Riigikantselei, lk 3
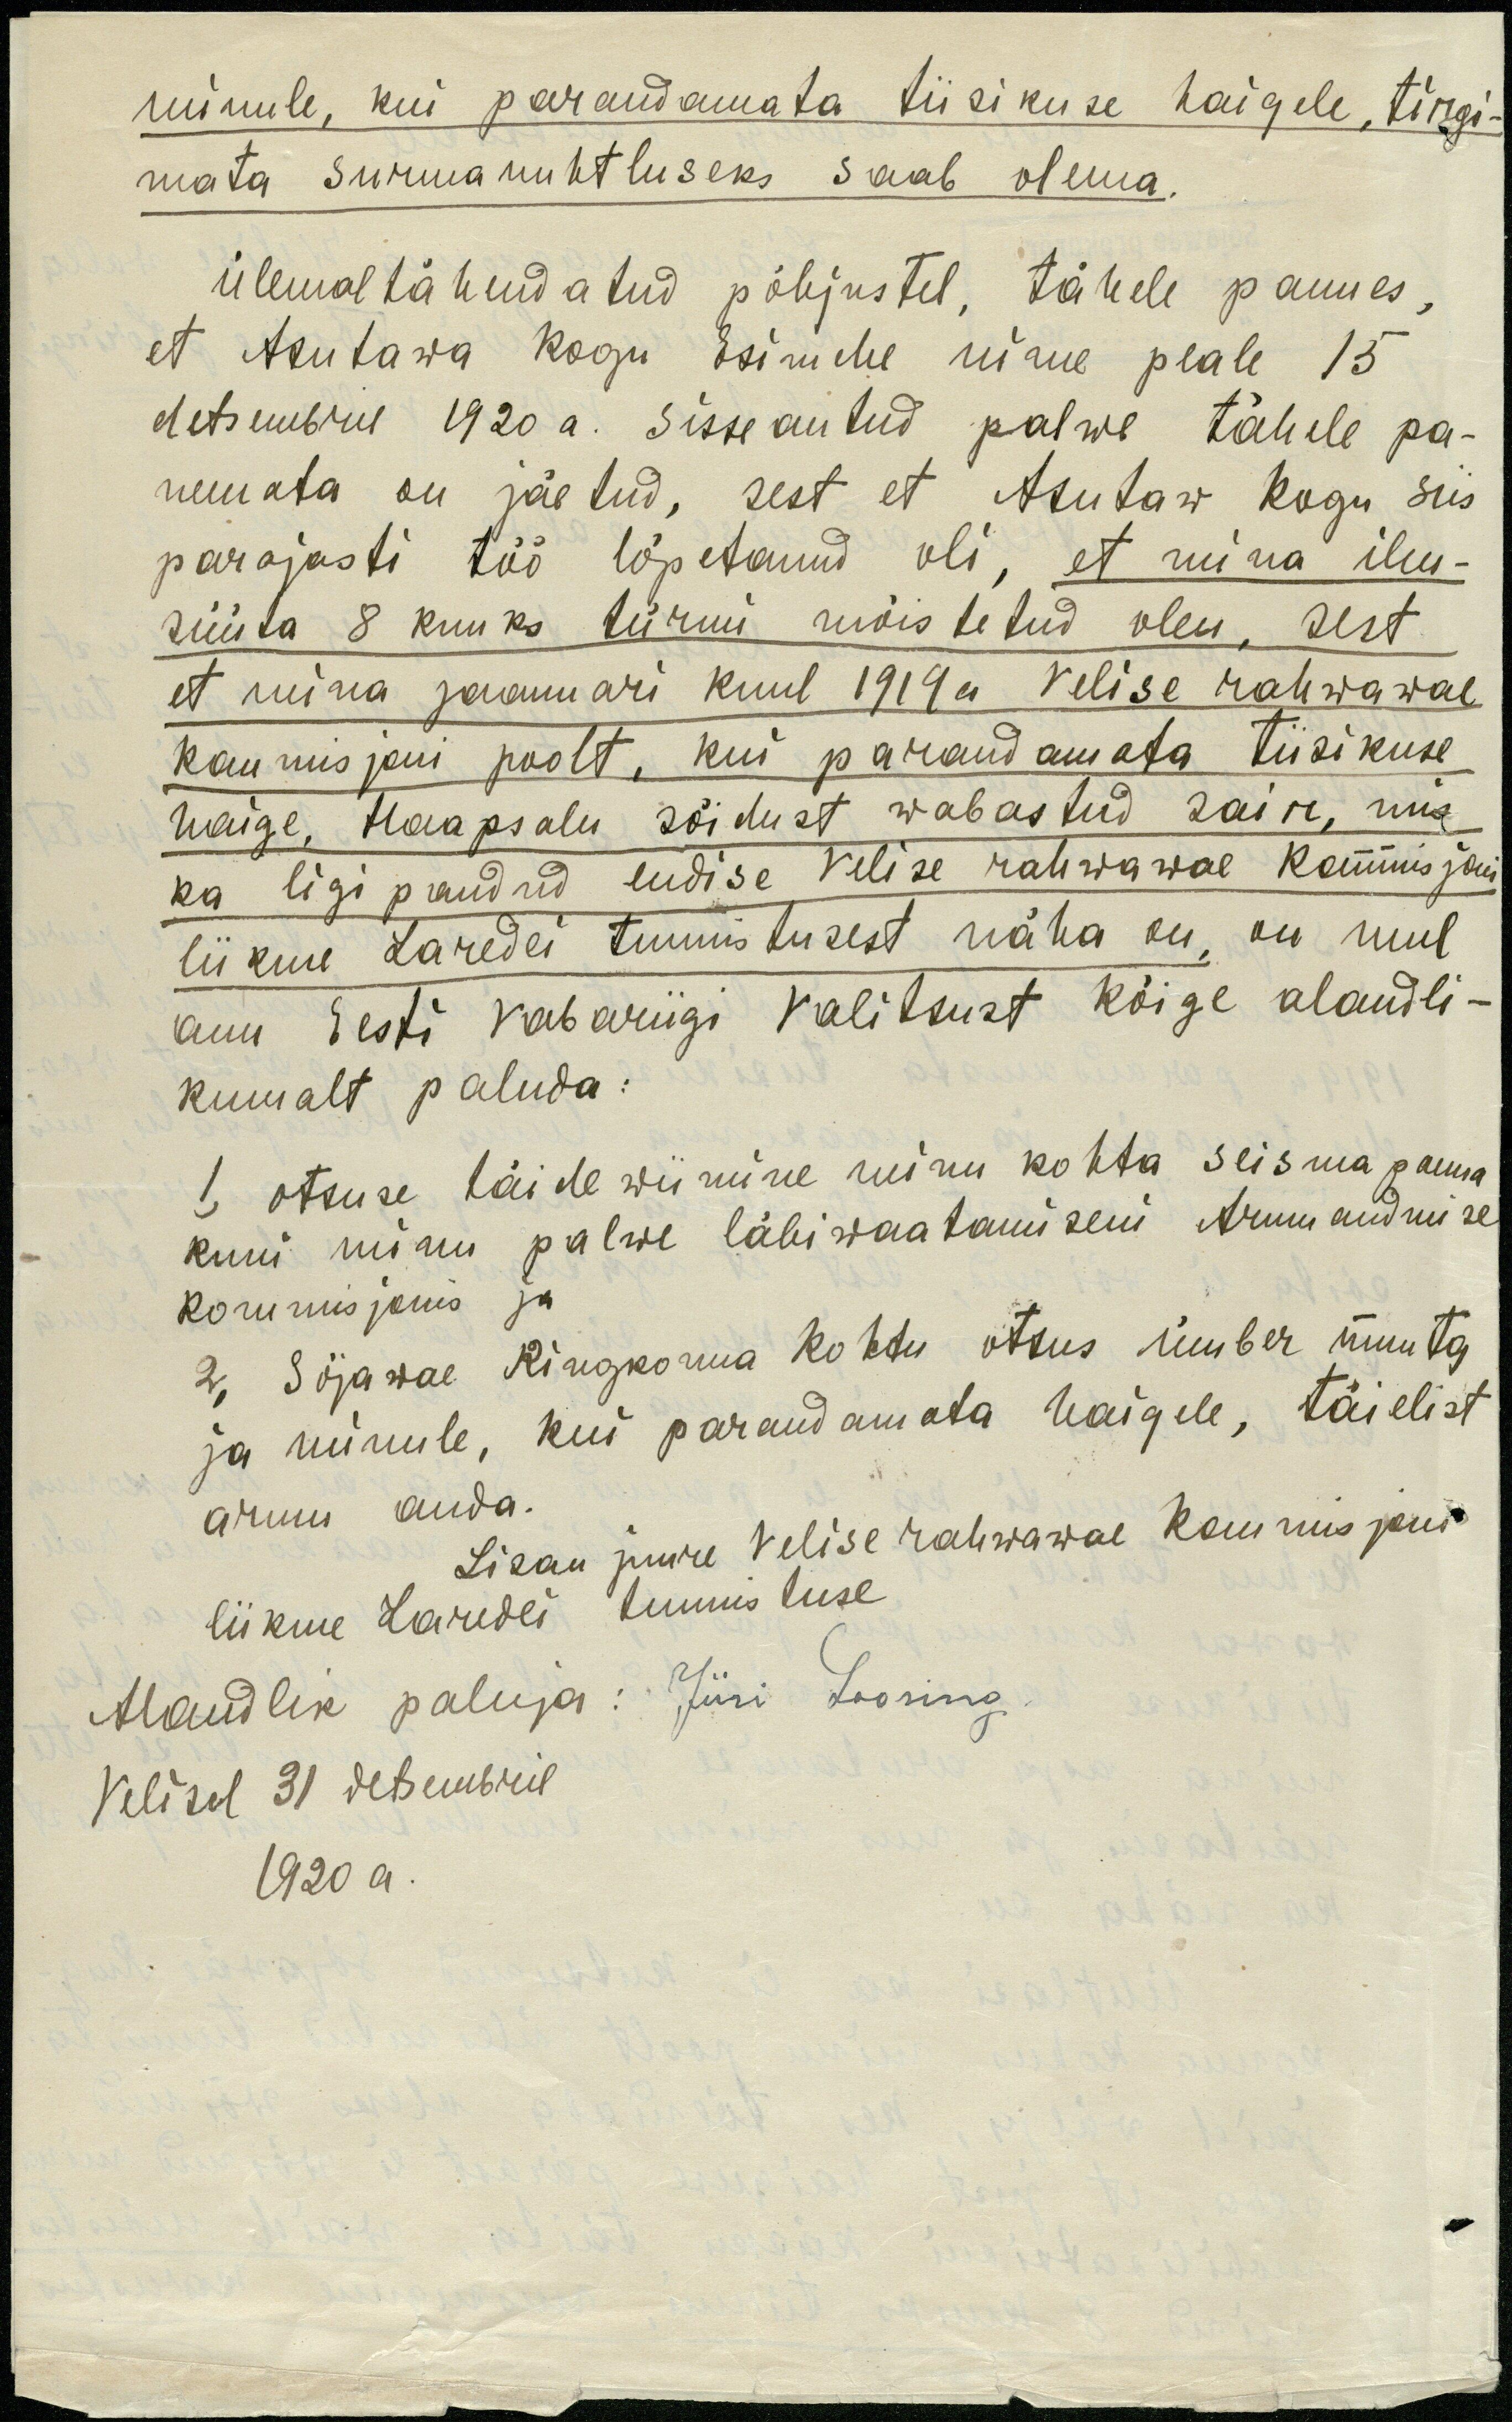
minule, kui parandamata tiisikuse haigele, tingi-
mata surmanuhtluseks saab olema.
Ülemal tähendatud põhjustel, tähele pannes,
et Asutawa kogu Esimehe nime peale 15
detsembril 1920 a. sisseantud palwe tähele pa-
nemata on jäetud, sest et Asutaw kogu siis
parajasti töö lõpetanud oli, et mina ilm-
süüta 8 kuuks türmi mõistetud olen. Sest
et mina jaanuari kuul 1919a Velise rahwawae
kommisjoni poolt, kui parandamata tiisikuse
haige. Haapsalu sõidust wabastud sain, mis
ka ligi pandud endise Velise rahwawae Kommisjoni
liikme Laredei tunnistusest näha on, on mul
auu Eesti Vabariigi Valitsust kõige alandli-
kumalt paluda:
1. otsuse täide wiimine minu kohta seisma panna
kuni minu palwe läbiwaatamiseni Armu andmise
korumisjonis ja
2. Sõjawäe Ringkonna kohtu otsus ümber muuta
ja minule, kui parandamata haigele, täielist
armu anda.
Lisan juure Velise rahwawae komisjoni
liikme Laredei tunnistuse
Alandlik paluja: Jüri Looring
Velisel 31 detsembril
1920 a.